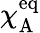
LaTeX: \chi_{\mathrm{A}}^{\mathrm{eq}}